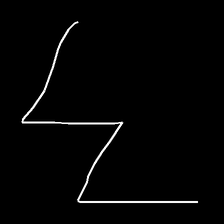
Glyph: crush